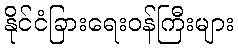
နိုင်ငံခြားရေးဝန်ကြီးများ